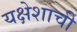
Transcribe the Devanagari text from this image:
यक्षेशाची